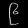
Digit: ၉